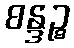
စန္ဒဉ္စ